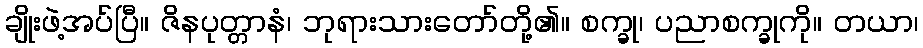
ချိုးဖဲ့အပ်ပြီ။ ဇိနပုတ္တာနံ၊ ဘုရားသားတော်တို့၏။ စက္ခု၊ ပညာစက္ခုကို။ တယာ၊